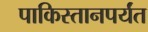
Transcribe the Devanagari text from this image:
पाकिस्तानपर्यंत